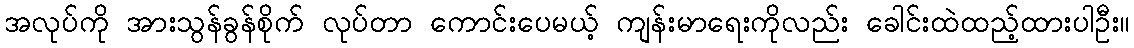
အလုပ်ကို အားသွန်ခွန်စိုက် လုပ်တာ ကောင်းပေမယ့် ကျန်းမာရေးကိုလည်း ခေါင်းထဲထည့်ထားပါဦး။